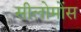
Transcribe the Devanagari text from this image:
सीलोमोंस